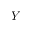
Y